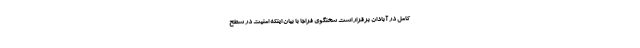
کامل در آبادان برقرار است سخنگوی فراجا با بیان اینکه امنیت در سطح